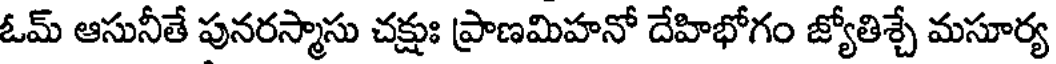
ఓమ్ ఆసునీతే పునరస్మాసు చక్షుః ప్రాణమిహనో దేహిభోగం జ్యోతిశ్చే మసూర్య